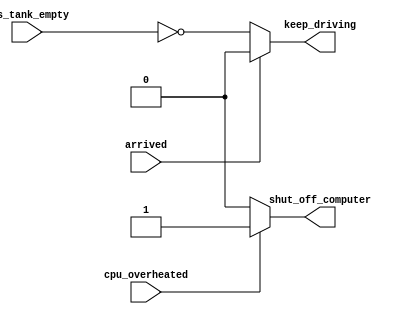
// synthesis verilog_input_version verilog_2001
module top_module (
    input      cpu_overheated,
    output reg shut_off_computer,
    input      arrived,
    input      gas_tank_empty,
    output reg keep_driving  ); //

    always @(*) begin
        if (cpu_overheated)
           shut_off_computer = 1;
        else
           shut_off_computer = 0; //must default
    end

    always @(*) begin
        if (~arrived)
           keep_driving = ~gas_tank_empty;
        else
           keep_driving = 0; //must default
    end

endmodule